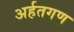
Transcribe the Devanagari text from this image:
अर्हतगण